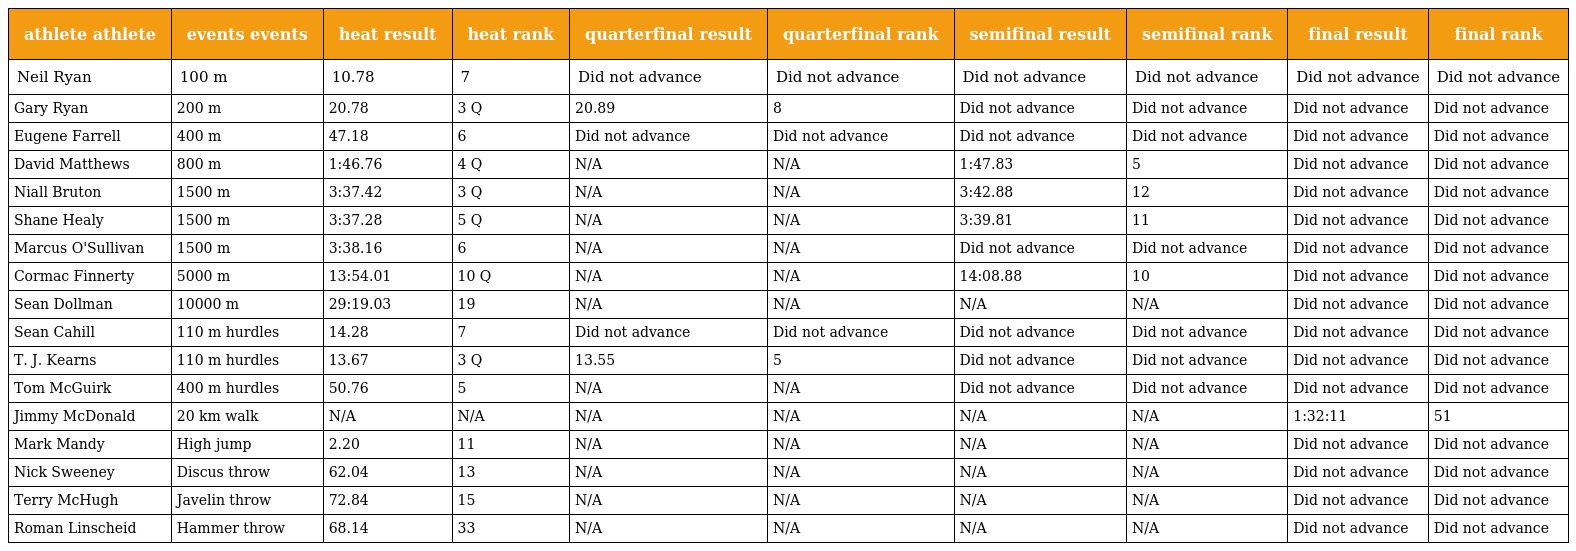
| athlete athlete | events events | heat result | heat rank | quarterfinal result | quarterfinal rank | semifinal result | semifinal rank | final result | final rank |
 | --- | --- | --- | --- | --- | --- | --- | --- | --- | --- |
 | Neil Ryan | 100 m | 10.78 | 7 | Did not advance | Did not advance | Did not advance | Did not advance | Did not advance | Did not advance |
 | Gary Ryan | 200 m | 20.78 | 3 Q | 20.89 | 8 | Did not advance | Did not advance | Did not advance | Did not advance |
 | Eugene Farrell | 400 m | 47.18 | 6 | Did not advance | Did not advance | Did not advance | Did not advance | Did not advance | Did not advance |
 | David Matthews | 800 m | 1:46.76 | 4 Q | N/A | N/A | 1:47.83 | 5 | Did not advance | Did not advance |
 | Niall Bruton | 1500 m | 3:37.42 | 3 Q | N/A | N/A | 3:42.88 | 12 | Did not advance | Did not advance |
 | Shane Healy | 1500 m | 3:37.28 | 5 Q | N/A | N/A | 3:39.81 | 11 | Did not advance | Did not advance |
 | Marcus O'Sullivan | 1500 m | 3:38.16 | 6 | N/A | N/A | Did not advance | Did not advance | Did not advance | Did not advance |
 | Cormac Finnerty | 5000 m | 13:54.01 | 10 Q | N/A | N/A | 14:08.88 | 10 | Did not advance | Did not advance |
 | Sean Dollman | 10000 m | 29:19.03 | 19 | N/A | N/A | N/A | N/A | Did not advance | Did not advance |
 | Sean Cahill | 110 m hurdles | 14.28 | 7 | Did not advance | Did not advance | Did not advance | Did not advance | Did not advance | Did not advance |
 | T. J. Kearns | 110 m hurdles | 13.67 | 3 Q | 13.55 | 5 | Did not advance | Did not advance | Did not advance | Did not advance |
 | Tom McGuirk | 400 m hurdles | 50.76 | 5 | N/A | N/A | Did not advance | Did not advance | Did not advance | Did not advance |
 | Jimmy McDonald | 20 km walk | N/A | N/A | N/A | N/A | N/A | N/A | 1:32:11 | 51 |
 | Mark Mandy | High jump | 2.20 | 11 | N/A | N/A | N/A | N/A | Did not advance | Did not advance |
 | Nick Sweeney | Discus throw | 62.04 | 13 | N/A | N/A | N/A | N/A | Did not advance | Did not advance |
 | Terry McHugh | Javelin throw | 72.84 | 15 | N/A | N/A | N/A | N/A | Did not advance | Did not advance |
 | Roman Linscheid | Hammer throw | 68.14 | 33 | N/A | N/A | N/A | N/A | Did not advance | Did not advance |